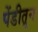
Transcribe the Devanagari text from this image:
पेंडीतून